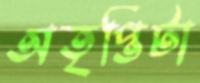
অতৃপ্তিটা